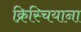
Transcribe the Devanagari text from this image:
क्रिस्चियाना